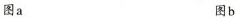
图a 图b